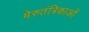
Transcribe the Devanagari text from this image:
मेरुतंत्रिकाओं